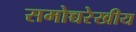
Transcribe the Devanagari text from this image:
समोच्चरेखीय